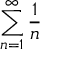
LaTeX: \sum _ { n = 1 } ^ { \infty } { \frac { 1 } { n } }